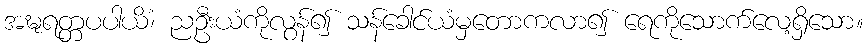
အဍ္ဎရတ္တပပါယိံ၊ ညဦးယံကိုလွန်၍ သန်ခေါင်ယံမှတောကလာ၍ ရေကိုသောက်လေ့ရှိသော။